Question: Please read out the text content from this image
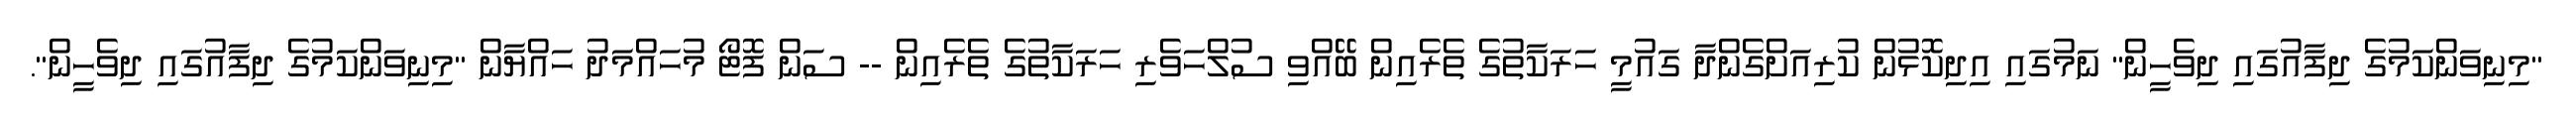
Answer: "މިނިވަންކަމުގެ ދިފާއުގައި ދިވެހީން" ނަމުގައި އިދިކޮޅުން ކުރިއަށްގެންދާ ގައުމީ ހަރަކާތުގެ ތެރެއިން ބޭއްވި ސުލްހަވެރި ހަރަކާތުގެ ތެރެއިން -- ސަން ފޮޓޯ މުހައްމަދު ހައްޔާން "މިނިވަންކަމުގެ ދިފާއުގައި ދިވެހީން".